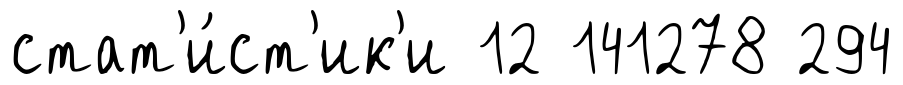
стат'и́ст'ик'и 12 141278 294